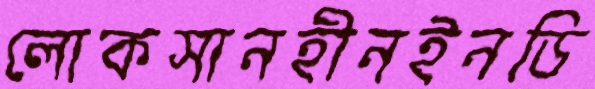
লোকসানহীনইনডি